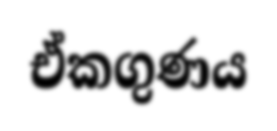
ඒකගුණය